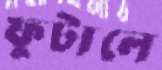
ফুটালে